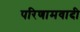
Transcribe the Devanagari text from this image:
परिणामवादी